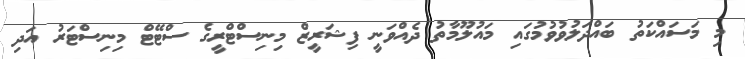
މި މަސައްކަތު ބައްދަލުވުވުމުގައި މައުލޫމާތު ދެއްވަނީ ފިޝަރީޒް މިނިސްޓްރީގެ ސްޓޭޓް މިނިސްޓަރު އަދި